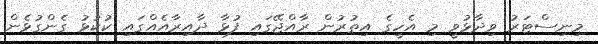
މިނިސްޓަރު ވިދާޅުވީ މި އެހީގެ އިތުރުން ރާއްޖޭގައި ފުޅާ ދާއިރާއެއްގައި ކުކުޅު ގެންގުޅެން